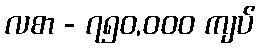
လစာ - ၇၅၀,၀၀၀ ကျပ်